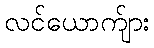
လင်ယောက်ျား